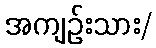
အကျဉ်းသား/